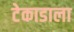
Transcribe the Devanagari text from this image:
टेकाडाला